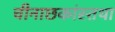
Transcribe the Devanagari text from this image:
चीनाछकांस्तथा